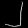
Digit: ၂